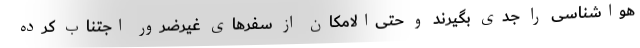
هواشناسی را جدی بگیرند و حتی‌الامکان از سفرهای غیرضرور اجتناب کرده